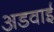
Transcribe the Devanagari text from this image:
अडवाई